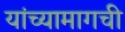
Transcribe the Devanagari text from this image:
यांच्यामागची